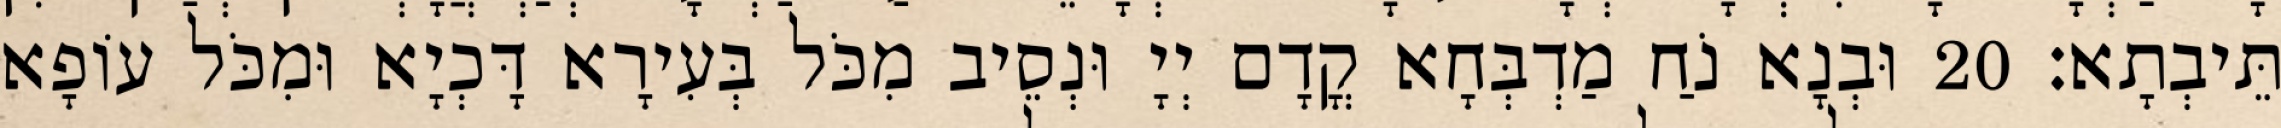
תֵּיבְתָא׃ 20 וּבְנָא נֹחַ מַדְבְּחָא קֳדָם יְיָ וּנְסֵיב מִכֹּל בְּעִירָא דָּכְיָא וּמִכֹּל עוֹפָא